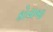
કોયબા